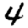
Digit: 4